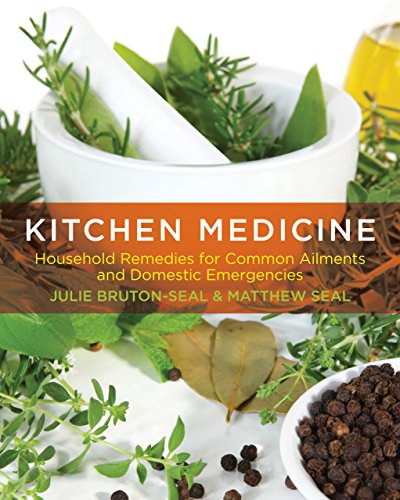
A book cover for Kitchen Medicine: Household Remedies For Common Ailments And Domestic Emergencies; Julie Bruton-Seal; Health, Fitness & Dieting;